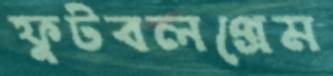
ফুটবলপ্রেম